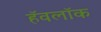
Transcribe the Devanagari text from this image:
हॅवलॉक